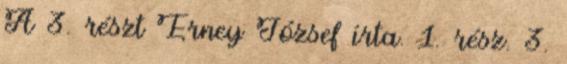
A 3. részt Erney József írta. 1. rész. 3.